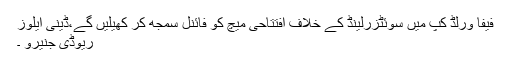
فیفا ورلڈ کپ میں سوئٹزرلینڈ کے خلاف افتتاحی میچ کو فائنل سمجھ کر کھیلیں گے،ڈینی ایلوز
ریوڈی جنیرو ۔